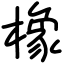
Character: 橡